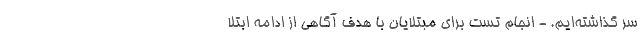
سر گذاشته‌ایم. - انجام تست برای مبتلایان با هدف آگاهی از ادامه ابتلا